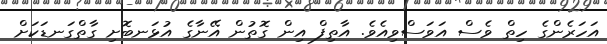
އަހަރެންގެ ހިތް ވެސް އަވަސްވިއެވެ. އާތިފް އިން ގޮތުން އޭނާގެ އުޅަނބޮށި ގާތްގަނޑަކަށް